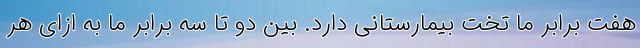
هفت برابر ما تخت بیمارستانی دارد. بین دو تا سه برابر ما به ازای هر